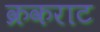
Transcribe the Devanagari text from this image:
क्रकराट